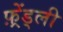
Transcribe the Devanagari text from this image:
फ़्रेंड्ली